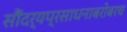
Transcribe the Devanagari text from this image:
सौंदर्यप्रसाधनाबरोबरच